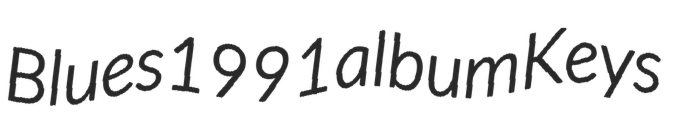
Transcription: Blues 1991 album Keys